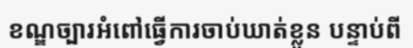
ខណ្ឌច្បារអំពៅធ្វើការចាប់ឃាត់ខ្លួន បន្ទាប់ពី